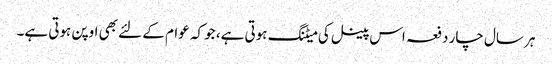
ہر سال چار دفعہ اس پینل کی میٹنگ ہوتی ہے، جو کہ عوام کے لئے بھی اوپن ہوتی ہے۔